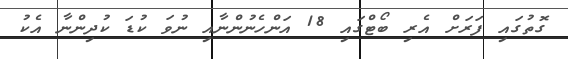
ގޮތުގައި ފަރަށް އެރި ބޯޓްގައި 18 އަންހެނުންނާއި ނުވަ ކުޑަ ކުދިންނާ އެކު